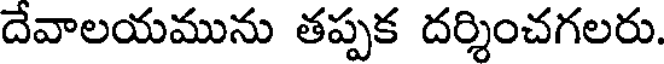
దేవాలయమును తప్పక దర్శించగలరు.